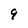
Character: 9